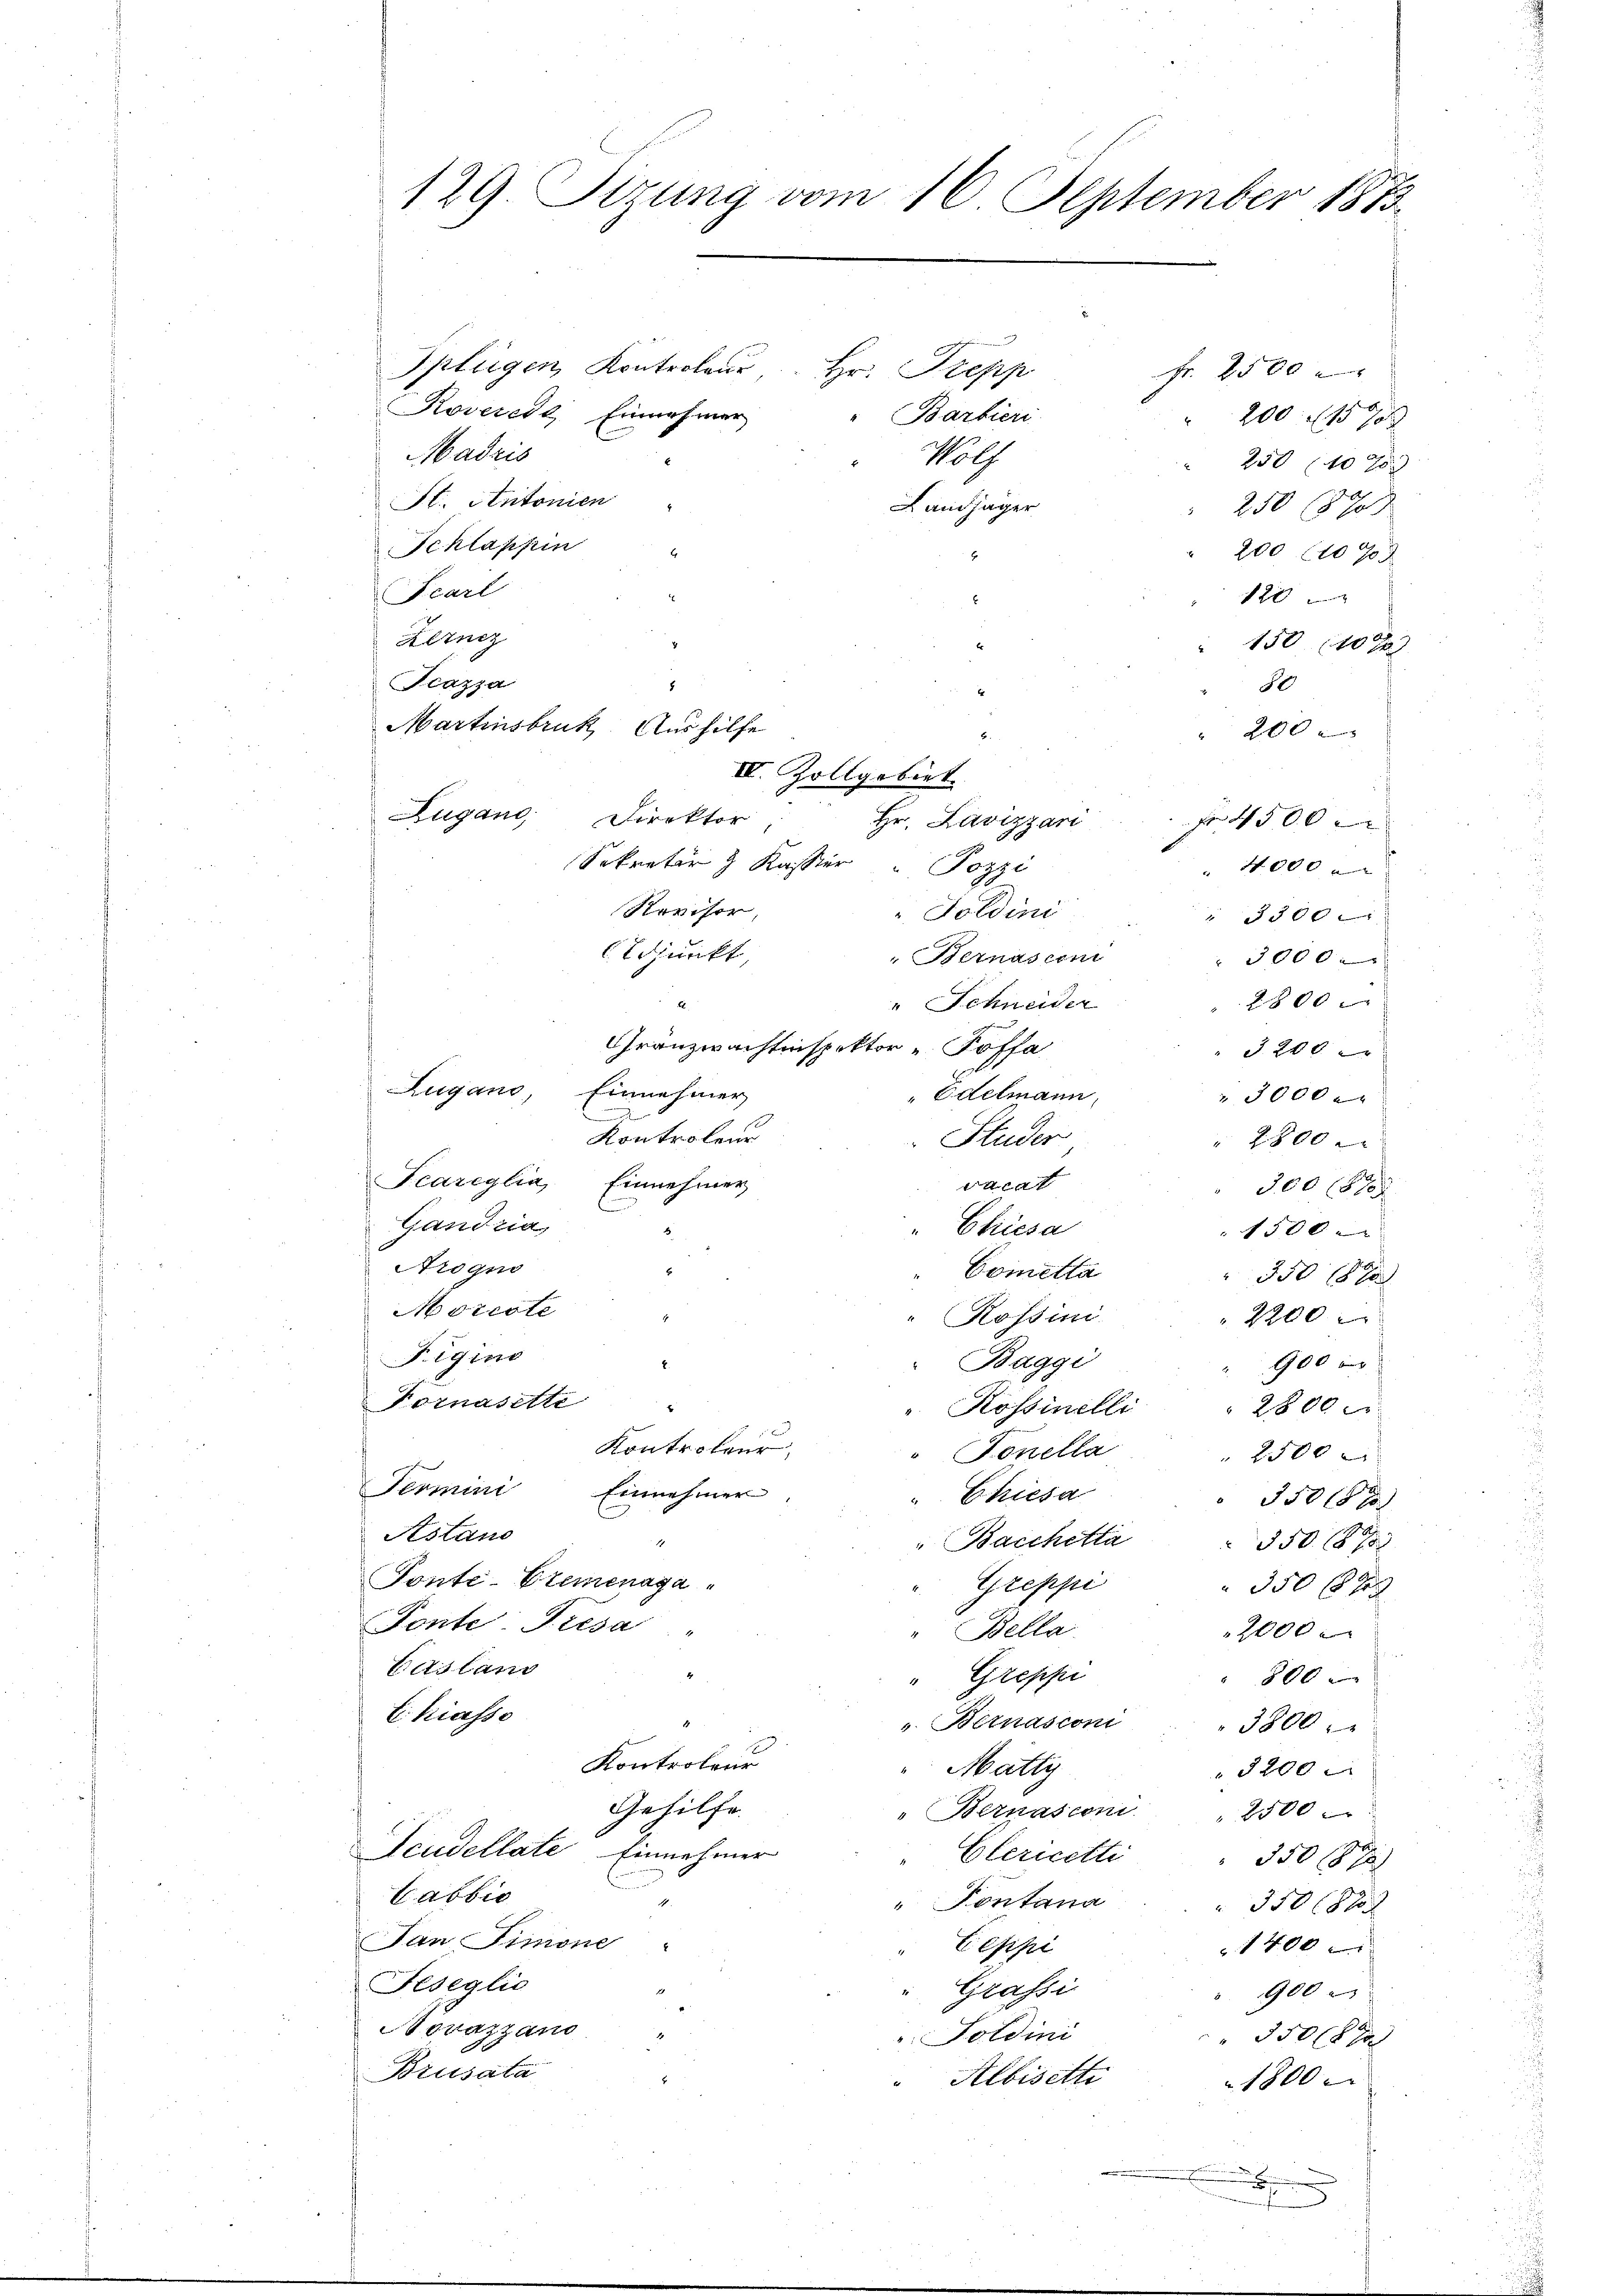
129. Sizung vom 16. September 1873.

Splügen Kontroler Hr. Trepp
Fr. 2500
Roverede Einnahmer
"Barbieri
200 f 157
Madris
Holf
250 (107
St. Antonien
Landjäger
250 (870
Schlappin "
200 (10 J
Fcarl
2
Hengg
" 150 (107
Feazza
80
Martinsbruk. Aushilfe
200 x
Zugano, Direktor
Hr. Lavizzari f 4500
Sekretär & Kassier" Pozzi
4000
Revisor,
. Goldini
3300
djunkt,
Bernascen
 3000
2800
" Schneider
4.
Gränzwachtenspektor Poffa
J. 200
Zugano,
Einnehmer
" Edelmann,
 3000
Kontroleur
Studer
2800 x
Fcareglia, Einnehmer
a
300 S
Gandria
Chiesa
1500 x
Arogno
Cometta
350 18 x
Morcote
Kössini.
2200 x
Figine
Baggi
900 x
Fornasette
2800 x
" Rossinelli

Kontreteur,
Fonella
 2500
Fermini Einnehmer
Chiesa
 3500 x
Astand
Bacchetta
3508 x
Ponti-Eremenaga
Greppi
350 f 9 x
Fonte- Presa
Bella
2000 x
Casland
Greppi
800
i
Chiasso
v. Bernascom
3800.
Kontroleur
Matty
3200
Gehilfe.
Bernasconi
2500 x
Scudellate Einnehmer
Elericette
350187
Cabsic
" Pontana
350 f 8 x
San Simone
Ceppi
1400 x
Feseglio
Grassi
900
Novazzans
35014 x
Foldini
Brusata
Albisetti
1800
.

IV. Zollgebiet.

f